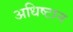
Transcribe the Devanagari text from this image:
अधिष्टान